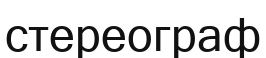
стереограф